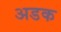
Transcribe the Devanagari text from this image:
अडक